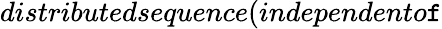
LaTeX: distributedsequence(independento\mathtt{f}